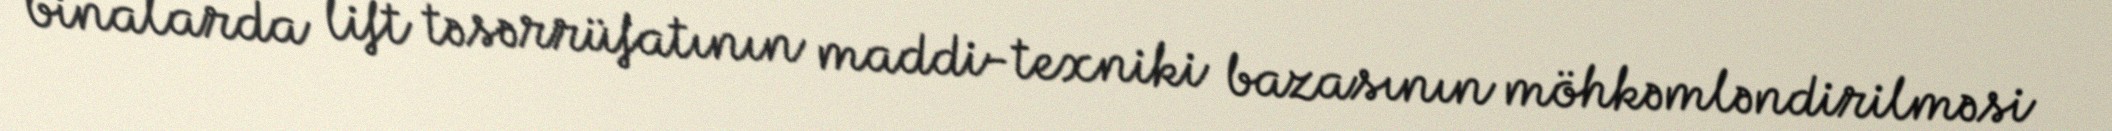
binalarda lift təsərrüfatının maddi-texniki bazasının möhkəmləndirilməsi